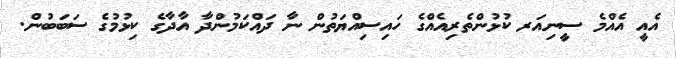
އެއީ އެއްމެ ސީނިއަރ ކުޅުންތެރިއެއްގެ ހައިސިއްޔަތުން ނާ ދައްކަމުންދާ އާދާގެ ކިޅުމުގެ ސަބަބުން.